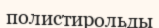
полистирольды